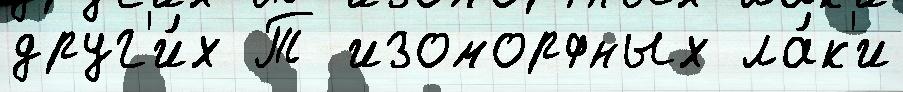
друг'и́х Т изоморфных ла́к'и